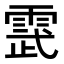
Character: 𮦔